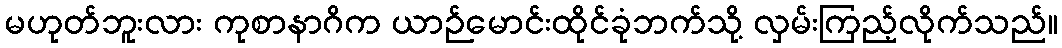
မဟုတ်ဘူးလား ကုစာနာဂိက ယာဉ်မောင်းထိုင်ခုံဘက်သို့ လှမ်းကြည့်လိုက်သည်။